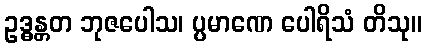
ဥဒ္ဓန္တတ ဘုဇပေါသ၊ ပ္ပမာဏေ ပေါရိသံ တိသု။